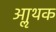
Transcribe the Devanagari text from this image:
आॢथक